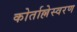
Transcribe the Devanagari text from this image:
कोर्ताल्लेस्वरण